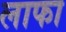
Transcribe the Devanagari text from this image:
लाफा